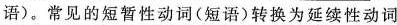
语)。常见的短暂性动词(短语)转换为延续性动词